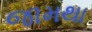
જામથા